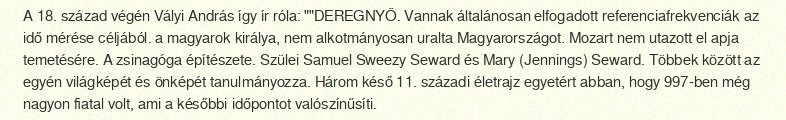
A 18. század végén Vályi András így ír róla: ""DEREGNYŐ. Vannak általánosan elfogadott referenciafrekvenciák az idő mérése céljából. a magyarok királya, nem alkotmányosan uralta Magyarországot. Mozart nem utazott el apja temetésére. A zsinagóga építészete. Szülei Samuel Sweezy Seward és Mary (Jennings) Seward. Többek között az egyén világképét és önképét tanulmányozza. Három késő 11. századi életrajz egyetért abban, hogy 997-ben még nagyon fiatal volt, ami a későbbi időpontot valószínűsíti.